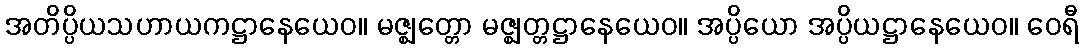
အတိပ္ပိယသဟာယကဋ္ဌာနေယေဝ။ မဇ္ဈတ္တော မဇ္ဈတ္တဋ္ဌာနေယေဝ။ အပ္ပိယော အပ္ပိယဋ္ဌာနေယေဝ။ ဝေရီ